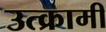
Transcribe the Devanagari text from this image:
उत्क्रामी